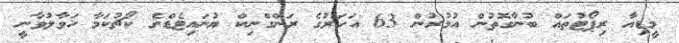
މީޑިއާ ރިޕޯޓުތައް ބުނާގޮތުން އުމުރުން 63 އަހަރުގެ ރަންގްނިކް ޔުނައިޓެޑްގެ ކޯޗުކަމާ ހަވާލުވާނީ